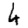
Digit: 6